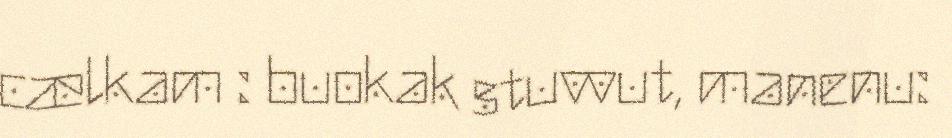
cælkam : buokak stuvvut, manenu: